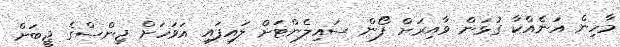
މާހިން އަނެއްކާ ގުޅަން ވާއިރަށް ފޯން ސައިލެންޓަށް ލައިފައި އަވަހަށް ޖިންސްގެ ޖީބަށް